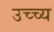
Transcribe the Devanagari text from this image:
उच्च्य